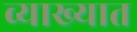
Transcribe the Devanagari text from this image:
व्याख्यात